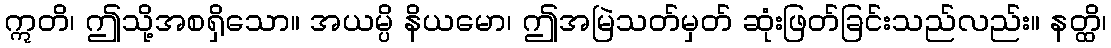
ဣတိ၊ ဤသို့အစရှိသော။ အယမ္ပိ နိယမော၊ ဤအမြဲသတ်မှတ် ဆုံးဖြတ်ခြင်းသည်လည်း။ နတ္ထိ၊